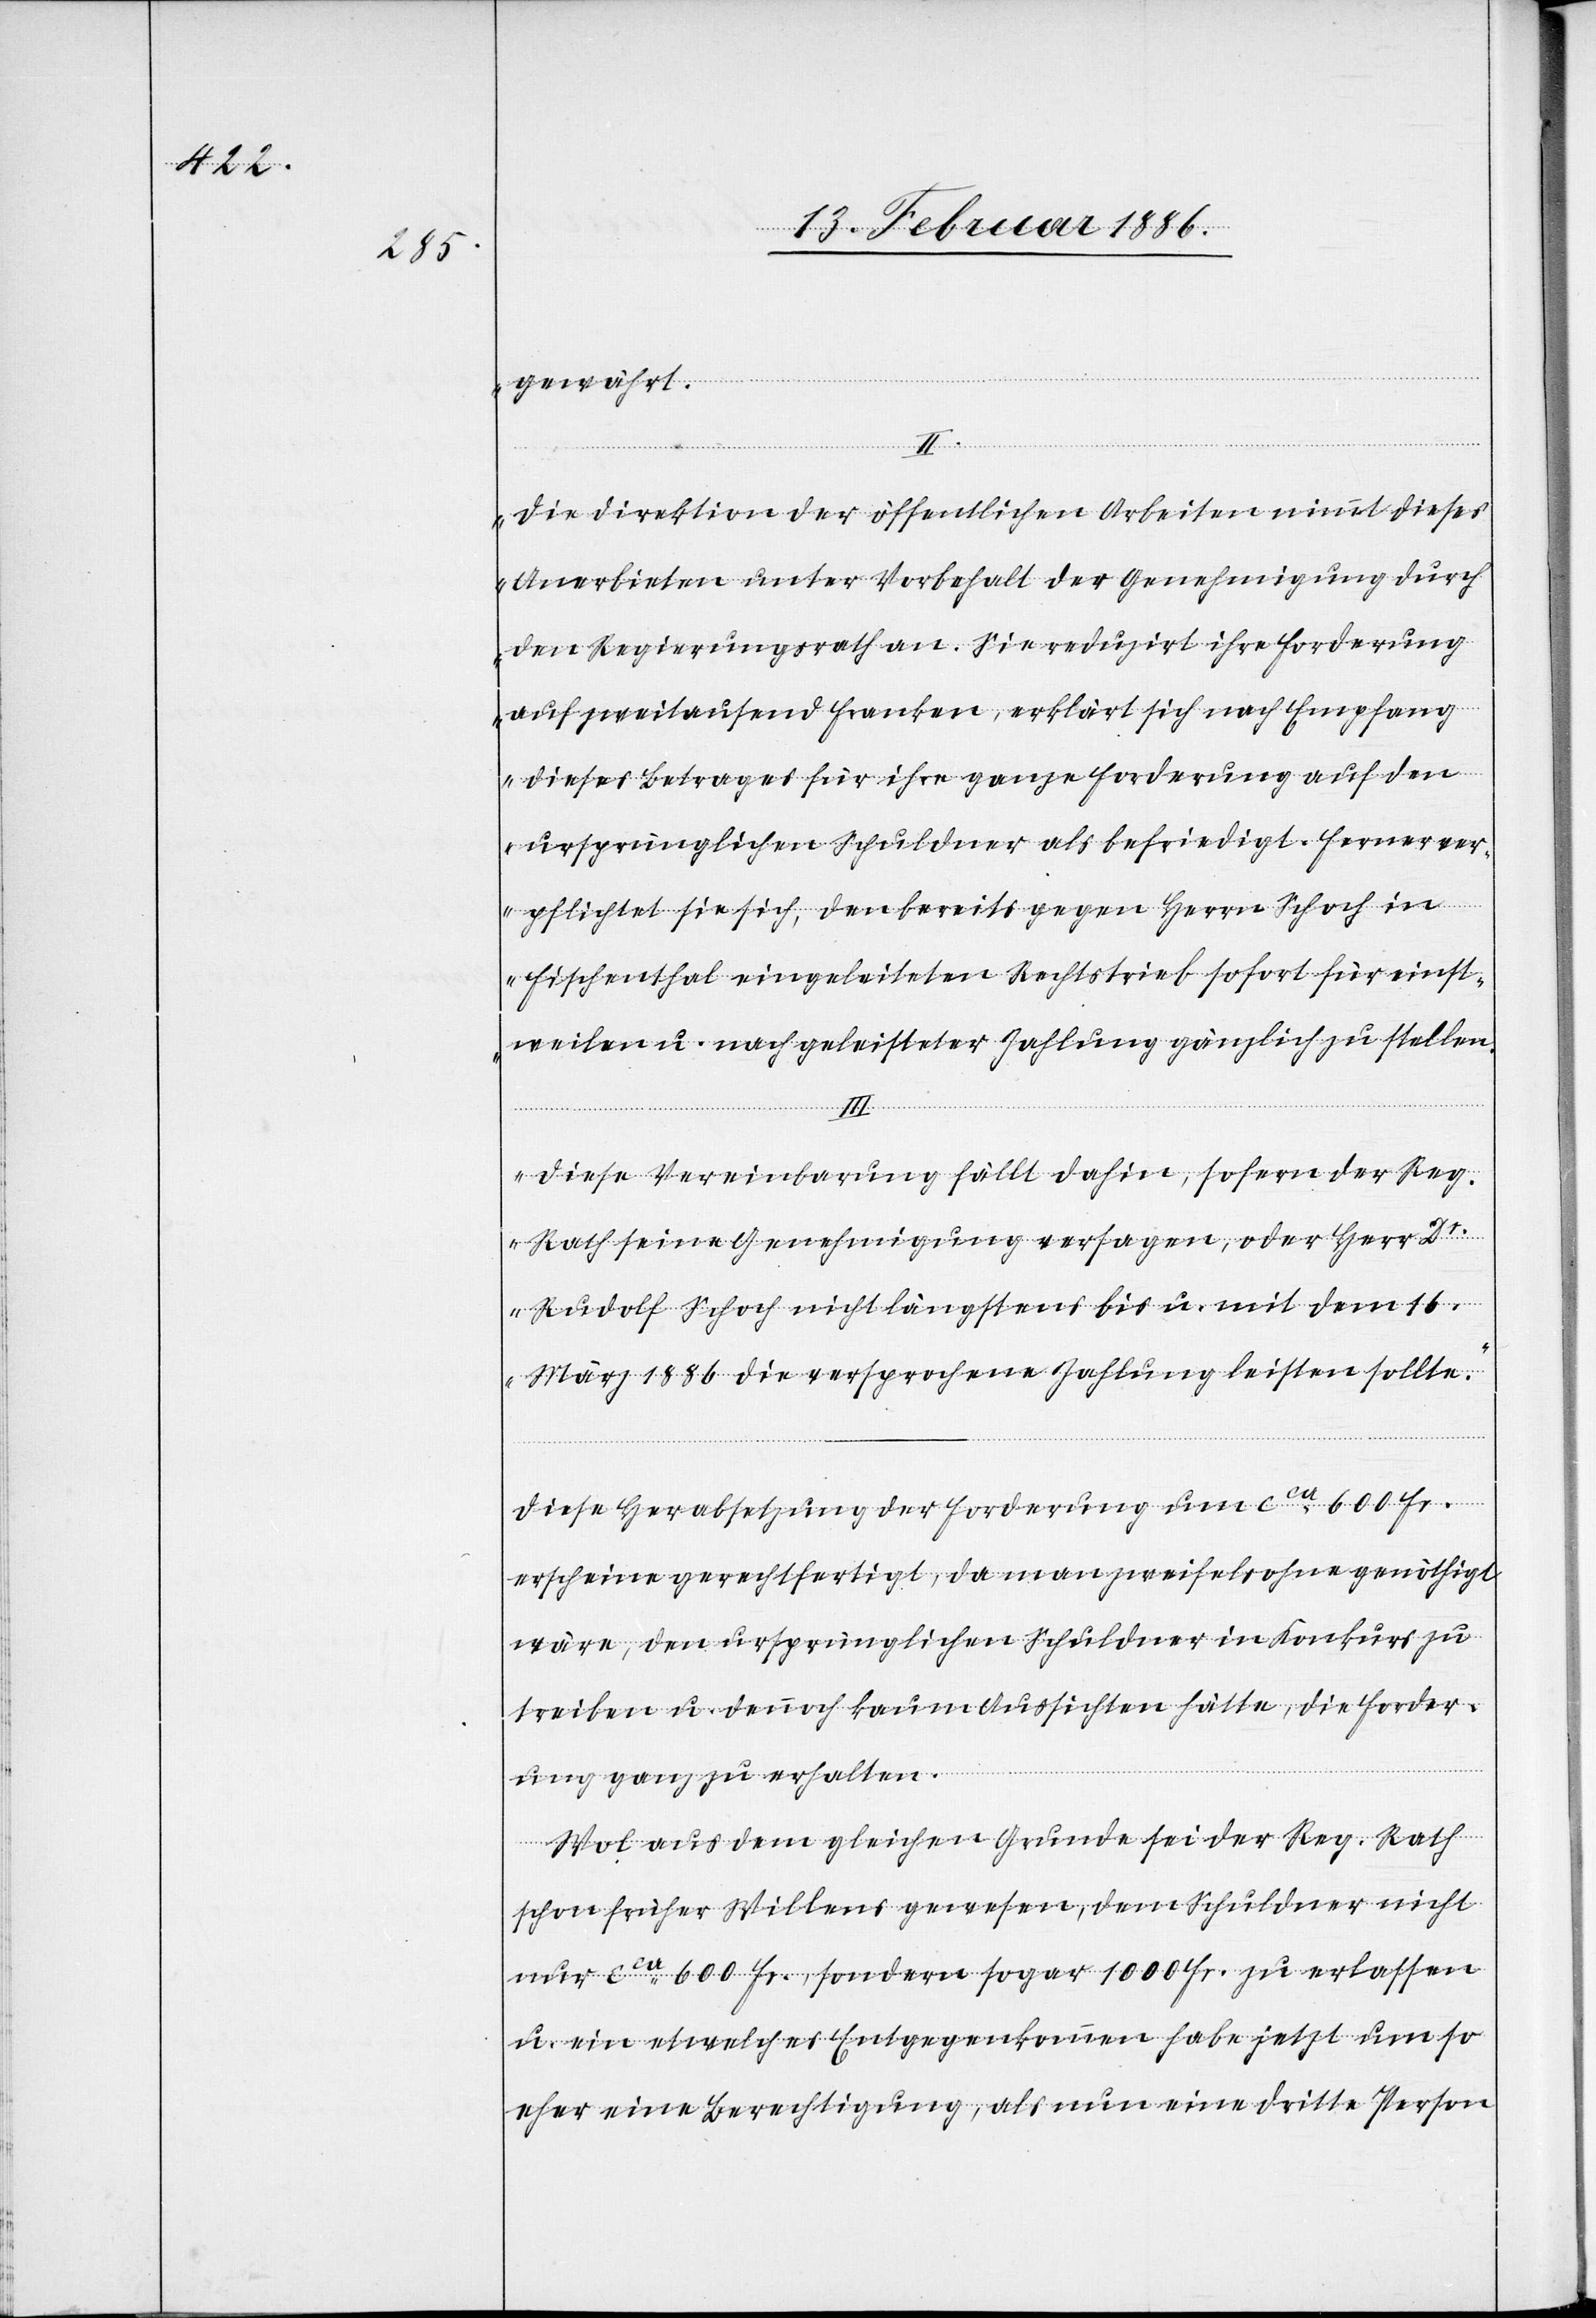
gewährt.
II.
Die Direktion der öffentlichen Arbeiten nimmt dieses
Anerbieten unter Vorbehalt der Genehmigung durch
den Regierungsrath an. Sie reduzirt ihre Forderung
auf zweitausend Franken, erklärt sich nach Empfang
dieses Betrages für ihre ganze Forderung auf den
ursprünglichen Schuldner als befriedigt. Ferner ver¬
pflichtet sie sich, den bereits gegen Herrn Schoch in
Fischenthal eingeleiteten Rechtstrieb sofort für einst¬
weilen u. nach geleisteter Zahlung gänzlich ein zu stellen.
III.
Diese Vereinbarung fällt dahin, sofern der Reg.
Rath seine Genehmigung versagen, oder Herr D¬
r. Rudolf Schoch nicht längstens bis u. mit dem 16.
März 1886 die versprochene Zahlung leisten sollte.“
Diese Herabsetzung der Forderung um cca 600 Fr.
erscheine gerechtfertigt, da man zweifelsohne genöthigt
wäre, den ursprünglichen Schuldner in Konkurs zu
treiben u. dennoch kaum Aussichten hätte, die Forder¬
ung ganz zu erhalten.
Wol aus dem gleichen Grunde sei der Reg. Rath
schon früher Willens gewesen, dem Schuldner nicht
nur cca 600 Fr., sondern sogar 1000 Fr. zu erlassen
u. ein etwelches Entgegenkommen habe jetzt um so
eher eine Berechtigung, als nun eine dritte Person